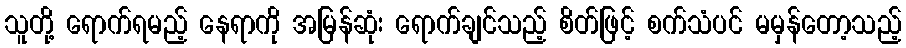
သူတို့ ရောက်ရမည့် နေရာကို အမြန်ဆုံး ရောက်ချင်သည့် စိတ်ဖြင့် စက်သံပင် မမှန်တော့သည့်